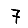
Digit: 7